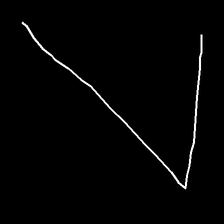
Glyph: region